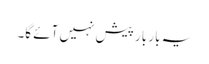
یہ بار بار پیش نہیں آئے گا۔